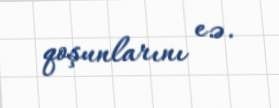
qoşunlarını e.ə.